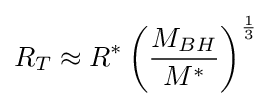
R_{T}\approx R^{*}\left({\frac {M_{BH}}{M^{*}}}\right)^{\frac {1}{3}}